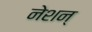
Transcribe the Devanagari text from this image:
नेशन्